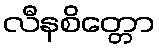
လီနစိတ္တော